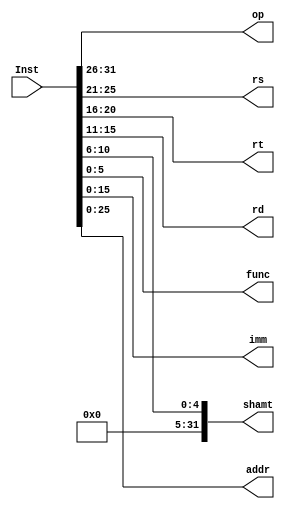
module IReg(Inst, 
            op, rs, rt, rd, shamt, func, // R-format
            imm,                         // I-format
            addr);                       // jump
            
input [31:0] Inst;
output reg [5:0] op, func;
output reg [4:0] rs, rt, rd;
output reg [31:0] shamt;
output reg [15:0] imm;
output reg [25:0] addr;

always @(*)
    begin
        op <= Inst[31:26];
        rs <= Inst[25:21];
        rt <= Inst[20:16];

        rd <= Inst[15:11];
        shamt <= {{27{1'b0}},Inst[10:6]};
        func <= Inst[5:0];
        
        imm <= Inst[15:0];
        addr <=  Inst[25:0];
    end

endmodule